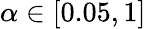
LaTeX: \alpha\in[0.05,1]